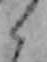
ら